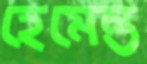
হেমেন্ত